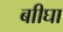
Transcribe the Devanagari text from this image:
बाीघा